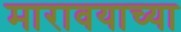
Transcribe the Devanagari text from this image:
मारावयाच्या